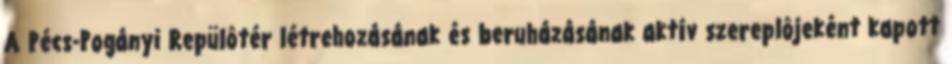
A Pécs-Pogányi Repülôtér létrehozásának és beruházásának aktív szereplôjeként kapott